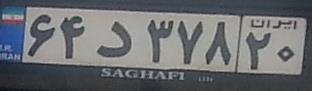
۶۴د۳۷۸۲۰